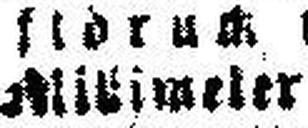
Alltimeter